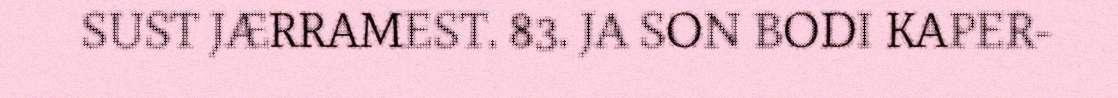
SUST JÆRRAMEST. 83. JA SON BODI KAPER-